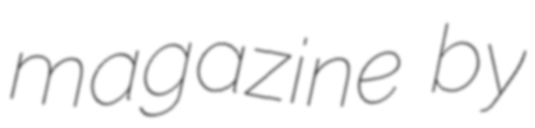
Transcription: magazine by